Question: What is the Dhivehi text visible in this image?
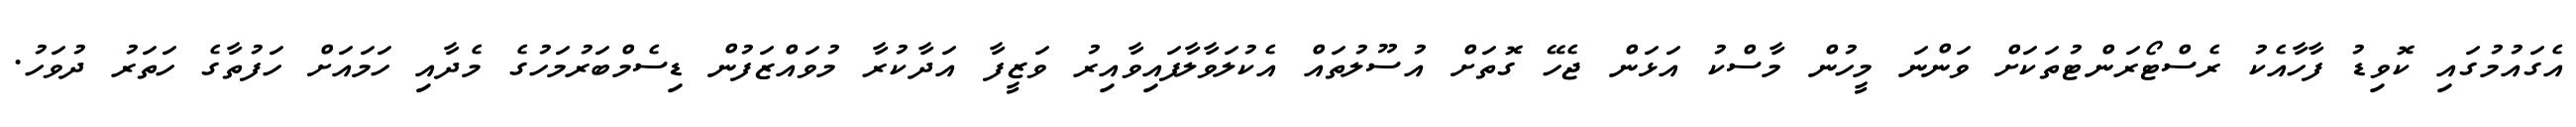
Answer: އެގައުމުގައި ކޮވިޑު ފާހާއެކު ރެސްޓޯރަންޓުތަކަށް ވަންނަ މީހުން މާސްކު އަޅަން ޖެހޭ ގޮތަށް އުސޫލުތައް އެކުލަވާލާފައިވާއިރު ވަޒީފާ އަދާކުރާ މުވައްޒަފުން ޑިސެމްބަރުމަހުގެ މެދާއި ހަމައަށް ހަފުތާގެ ހަތަރު ދުވަހު.